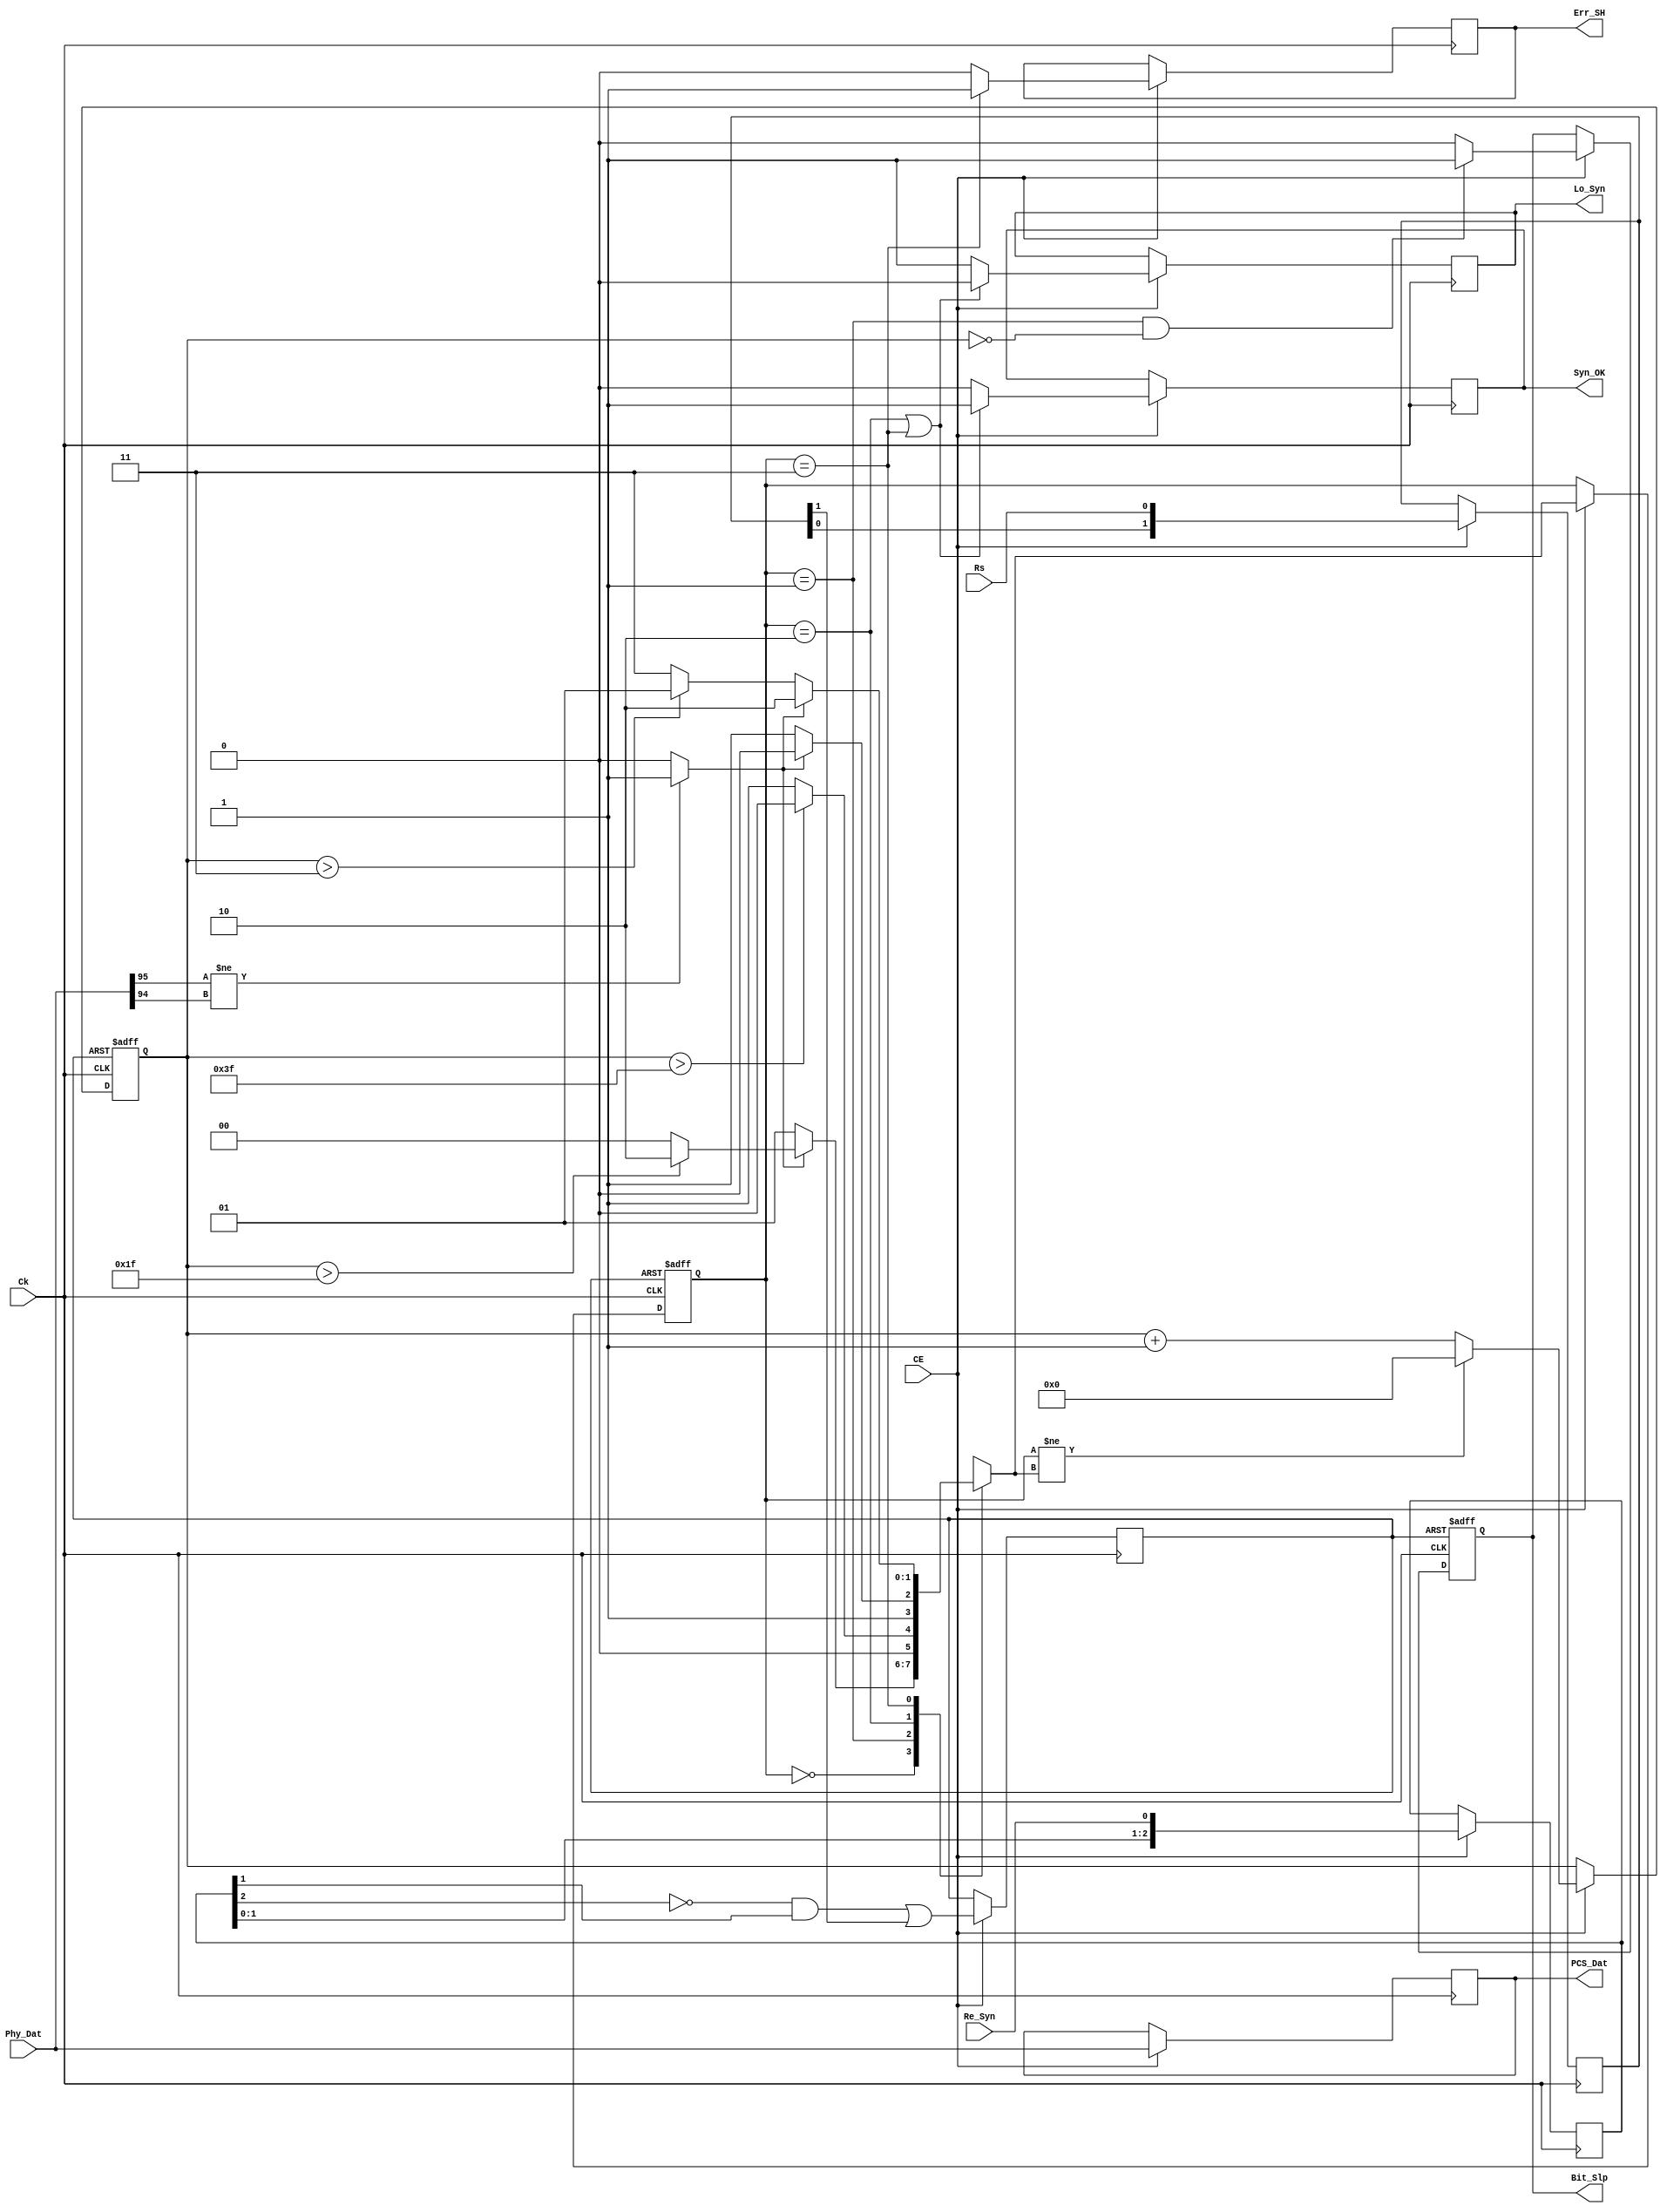
`timescale 1ns/1ps

////FW   PCSSH
////SWT  slipBit_Slip Phy_Dat
////ENT  ENT
////EXT  EXTEXTENT
////     2n

module Sici_PCS_Syn  #(parameter FW=96, SWT = 64,ENT = 32,EXT = 4)
      (
       //
       input             Rs      ,  //
       input             Ck      ,  //
       input             CE      ,  //
       //PHY       
       output            Bit_Slp ,  //
       input  [FW-1:0]   Phy_Dat ,  //phy
       
       //
       output            Syn_OK  ,  //
       output  [FW-1:0]  PCS_Dat ,  //PCS
       //
       input             Re_Syn  ,  //
       output            Err_SH  ,  //
       output            Lo_Syn     //
       
      );
      
////
function integer BitSize(input integer N);
integer ci;
begin
  ci = 0;
  while((2**ci) <= N)
  begin
    ci = ci+1;
  end
  if(N<2)
    BitSize = 1; 
  else
    BitSize = ci; 
end  
endfunction

localparam SCW = (BitSize(SWT) >BitSize(ENT))?BitSize(SWT):BitSize(ENT);

////Clk       
reg  [1:0] Rs_D;      
always @(posedge(Ck ))
begin
  if(CE )
    Rs_D <= {Rs_D[0],Rs};
end      

////Re_Syn       
reg  [2:0] Re_Syn_D ; 
reg        Re_Syn_PE;    
always @(posedge(Ck ))
begin
  if(CE )
  begin
    Re_Syn_D  <= {Re_Syn_D[1:0],Re_Syn}              ;
    Re_Syn_PE <= ~Re_Syn_D[2] & Re_Syn_D[1] | Rs_D[1]; 
  end  
end      

////      
localparam  HUNT = 0, SLIP =1, SYNC = 2, SH_ERR = 3;
reg  [1:0]     Syn_FSM_NS ;
reg  [1:0]     Syn_FSM_LS ;
reg  [SCW-1:0] FSM_Sta_Cnt;
always @(posedge(Re_Syn_PE),posedge(Ck ))
begin
  if(Re_Syn_PE)
  begin
    Syn_FSM_LS  <= HUNT;
    FSM_Sta_Cnt <= 0   ;
  end
  else if(CE )
  begin
    Syn_FSM_LS <= Syn_FSM_NS;
    
    if(Syn_FSM_LS != Syn_FSM_NS)
      FSM_Sta_Cnt <= 0;
    else
      FSM_Sta_Cnt <= FSM_Sta_Cnt + 1'b1;
  end
end

wire   SH_Ava;
assign SH_Ava =(Phy_Dat [FW-1] != Phy_Dat [FW-2])?1:0;
 
always @(*)
begin
  case(Syn_FSM_LS)
  HUNT:
    if(SH_Ava == 0)                  ////bitslip
      Syn_FSM_NS <= SLIP;
    else if(FSM_Sta_Cnt > (ENT-1))   ////ENT+1
      Syn_FSM_NS <= SYNC;
    else
      Syn_FSM_NS <= HUNT;
  SLIP:
    if(FSM_Sta_Cnt > (SWT-1))        ////bitslipHUNT
      Syn_FSM_NS <= HUNT; 
    else
      Syn_FSM_NS <= SLIP;
  SYNC:
    if(SH_Ava == 0)                  ////
      Syn_FSM_NS <= SH_ERR;
    else
      Syn_FSM_NS <= SYNC  ;
  SH_ERR:
    if(SH_Ava == 0)
    begin
      if(FSM_Sta_Cnt > (EXT-1))      ////EXT+1bitslip
        Syn_FSM_NS <= SLIP;
      else
        Syn_FSM_NS <= SH_ERR ;
    end  
    else
      Syn_FSM_NS <= SYNC;
  default:
    Syn_FSM_NS <= HUNT;
  endcase
end      

////SLIP
reg  Bit_Slp_R;
always @(posedge(Re_Syn_PE),posedge(Ck ))
begin
  if(Re_Syn_PE)
    Bit_Slp_R <= 0;
  else if(CE )
  begin
    if(Syn_FSM_LS == SLIP && FSM_Sta_Cnt==0)
      Bit_Slp_R <= 1;
    else
      Bit_Slp_R <= 0;
  end
end
assign  Bit_Slp = Bit_Slp_R;


////
reg           Syn_OK_R ;
reg [FW-1:0]  PCS_Dat_R;
always @(posedge(Ck ))
begin
  if(CE )
  begin
    PCS_Dat_R <= Phy_Dat;
    if(Syn_FSM_LS == SYNC || Syn_FSM_LS==SH_ERR)
      Syn_OK_R <= 1;
    else
      Syn_OK_R <= 0;
  end
end
assign  Syn_OK  = Syn_OK_R ;
assign  PCS_Dat = PCS_Dat_R;

////
reg  Err_SH_R ;
reg  Lo_Syn_R ;
always @(posedge(Ck ))
begin
  if(CE )
  begin
    if(Syn_FSM_LS == SYNC || Syn_FSM_LS == SH_ERR)
      Lo_Syn_R <= 0;
    else
      Lo_Syn_R <= 1;
    
    if(Syn_FSM_LS == SH_ERR)
      Err_SH_R <= 1;
    else
      Err_SH_R <= 0;
  end
end
assign  Err_SH = Err_SH_R;
assign  Lo_Syn = Lo_Syn_R;

endmodule